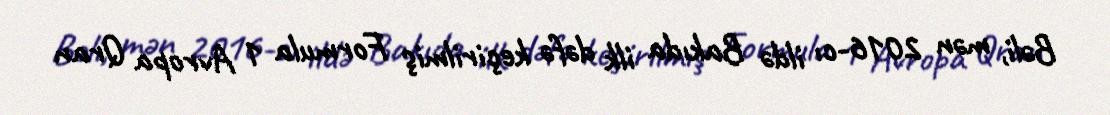
Bəli, mən 2016-cı ildə Bakıda ilk dəfə keçirilmiş Formula 1 Avropa Qran